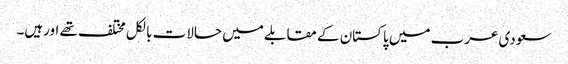
سعودی عرب میں پاکستان کے مقابلے میں حالات بالکل مختلف تھے اورہیں۔